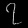
Digit: ၇